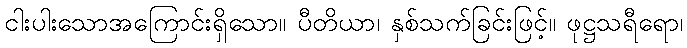
ငါးပါးသောအကြောင်းရှိသော။ ပီတိယာ၊ နှစ်သက်ခြင်းဖြင့်။ ဖုဋ္ဌသရီရော၊